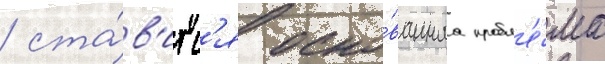
/ ста́в'итс'я осно́ваннаа пробл'е́ма